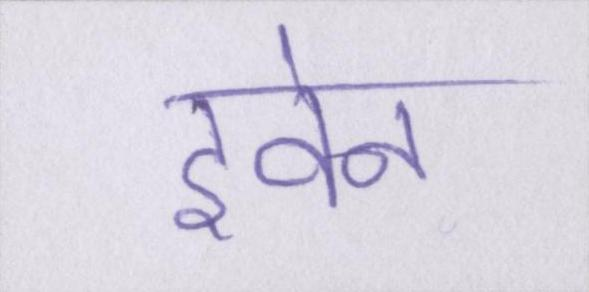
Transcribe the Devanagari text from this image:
इवेन